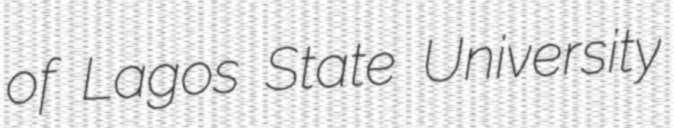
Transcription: of Lagos State University